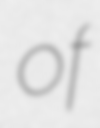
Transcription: of